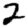
Digit: 2